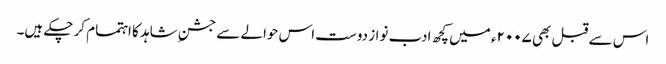
اس سے قبل بھی ۲۰۰۷ء میں کچھ ادب نواز دوست اس حوالے سے جشنِ شاہد کا اہتمام کر چکے ہیں۔